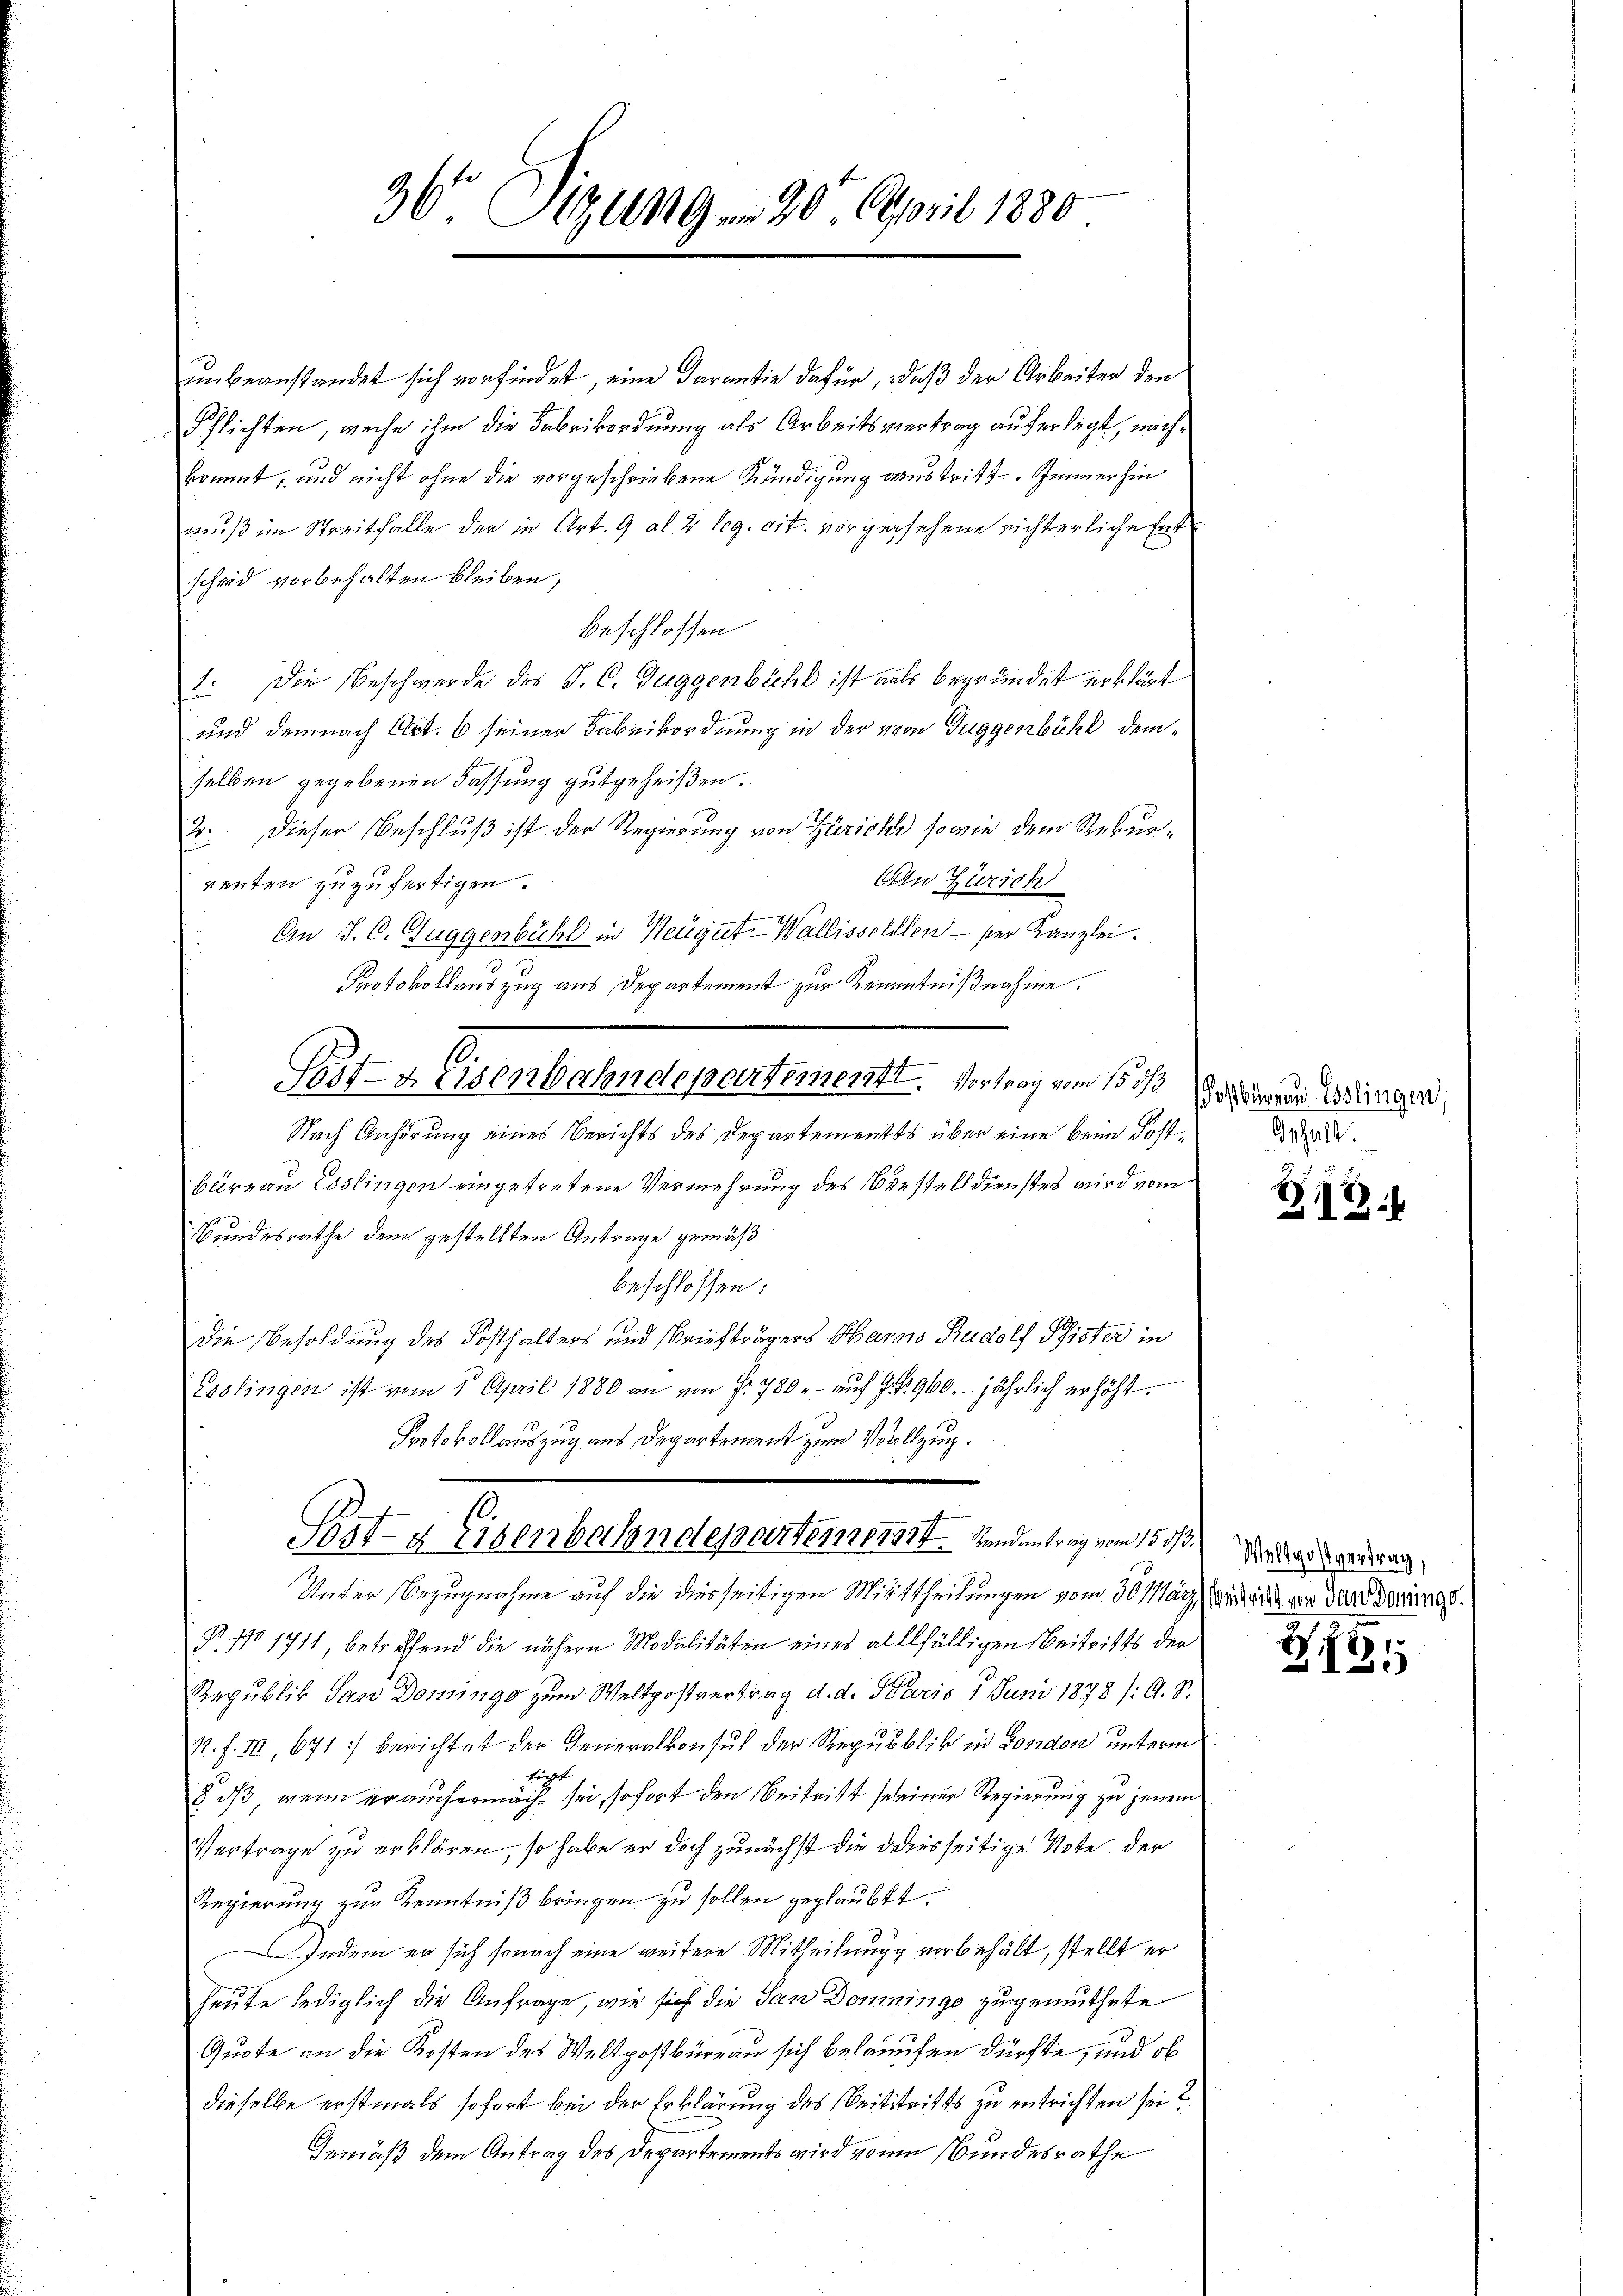
36 Sizung v. 20. April 1880

unbeanstandet sich vorfindet, eine Darantie dafür, daß der Arbeiter den
Pflichten, weihe ihm die Fabrikordnung als Arbeitsvertrag auferlegt, nachkommt, und nicht ohne die vorgeschriebene Mündigung austritt. Immerhin
muß im Streitfalle der in Art. 9 al 2 Leg. cit. vorgesehene richterliche Entscheid vorbehalten bleiben,
beschlossen
1. Die Beschwerde des J. C. Guggenbühl ist als begründet erklärt
und demnach Art. 6 seiner Fabrikordnung in der von Guggenbühl demselben gegebenen Fassung gutgeheißen.
3. Dieser Beschluß ist der Regierung von Zürich sowie dem Rekur¬
An Zürich
renten zuzufertigen.
An J. C. Guggenbühl in Neugut, Wallisseldten - ser Kanzlei.
Protokollauszug aus Departement zur Kenntnißnahme.
Nach Anhörung eines Berichts des Departementes über eine beim Postbüreau Esslingen eingetretene Vermehrung des Verstelldienstes wird vom
Bundesrathe dem gestellten Antrage gemäß
beschlossen:
Die Besoldung des Kosthalters und Briefträgers Harns Rudolf Pfister in
Esslingen ist vom 1. April 1880 an von f. 780. aŭf Frk. 960. jährlich erhöht.
Protokollauszug aus Departement zum Vollzug.
Pestz Eisenbahndepartement. Wendentrag vom 15ten der ein
Unter Bezugnahme auf die diesseitigen Mittheilungen vom 30. März anheit der Morderung.
Pr. No 1711 betreffend die nähere Modalitäten eines allfälligen Beitritts der
Republik San Domings zum Weltpostvertrag d. d. Maris 1. Juni 1878 /: A. S.
1. f. III, 671) berichtet der Generalkonsul der Republik in Fonden unterm
ippt
§ dß wenn er auch ermäche sei, sofort den Beitritt seiner Regierung zu jenem
Vertrage zu erklären, so habe er doch zunächst die diesseitige Note der
Regierung zur Kenntniß bringen zu sollen geglaubt.
Indem er sich sonach eine weitere Mitteilung vorbehält, stellt er
heute lediglich die Anfrage, wie sich die San Domininge zugemuthete
Quote an die Kosten des Weltpostbüreau sich belaufen dürfte, und ob
dieselbe erstmals sofort bei der Erklärung des Seitstritts zu entrichten sei?
Gemäß dem Antrag des Departements wird von Bundesrathe

Pritz Eisenbahndepartementl. Vortrag von 15 d o derer Weingen,

Inhalt.

§10.

E
2125